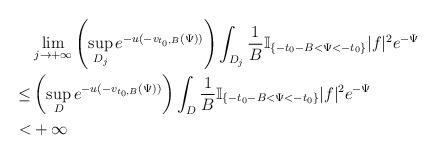
LaTeX: \begin{align*}&\lim_{j\rightarrow+\infty}\left(\sup_{D_j}e^{-u(-v_{t_0,B}(\Psi))}\right)\int_{D_j}\frac{1}{B}\mathbb{I}_{\{-t_{0}-B<\Psi<-t_{0}\}}|f|^2e^{-\Psi}\\\le&\left(\sup_{D}e^{-u(-v_{t_0,B}(\Psi))}\right)\int_{D}\frac{1}{B}\mathbb{I}_{\{-t_{0}-B<\Psi<-t_{0}\}}|f|^2e^{-\Psi}\\<&+\infty\end{align*}